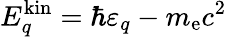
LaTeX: E_{q}^{\mathrm{kin}}=\hbar\varepsilon_{q}-m_{\mathrm{e}}c^{2}